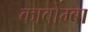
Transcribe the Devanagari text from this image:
काबोम्बा